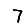
Digit: 7